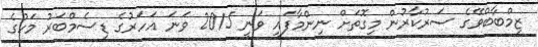
ޒިމްބާބްވޭގެ ސަރުކާރުން މިގޮތަށް ނިންމާފައި ވަނީ 2015 ވަނަ އަހަރުގެ ޑިސެމްބަރު މަހުގެ